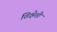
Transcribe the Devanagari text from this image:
शिक्षेशी